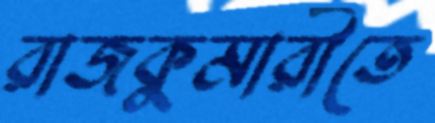
রাজকুমারীতে